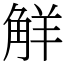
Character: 觧